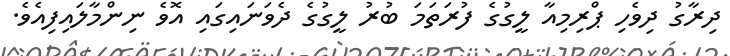
ދިރާގު ދިވެހި ޕްރިމިއާ ލީގުގެ ފުރަތަމަ ބުރު ލީގުގެ ދެވަނައިގައި އޮވެ ނިންމާލައިފިއެވެ.